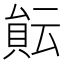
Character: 𧶀